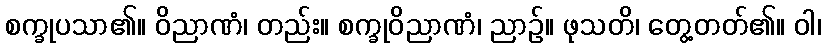
စက္ခုပသာ၏။ ဝိညာဏံ၊ တည်း။ စက္ခုဝိညာဏံ၊ ညာဉ်။ ဖုသတိ၊ တွေ့တတ်၏။ ဝါ၊